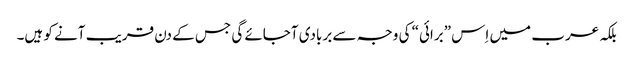
بلکہ عرب میں اِس ”برائی“ کی وجہ سے بربادی آجائے گی جس کے دن قریب آنے کو ہیں۔